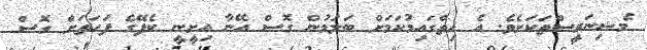
މެޝިނަރީސްތަކަށެވެ. އެ ހިތްގައިމުކަމަށް ބަލަމުން ގޮސް އޭނާ އިށީނީ ކެފޭގެ ފަހަތަށް ގޮސް